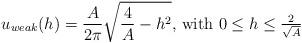
LaTeX: \begin{align*}u_{weak}(h)=\frac{A}{2\pi}\sqrt{\frac{4}{A}-h^{2}} \mbox{, with $0\leq h\leq\frac{2}{\sqrt{A}}$}\end{align*}